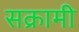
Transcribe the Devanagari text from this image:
सक्रामी